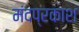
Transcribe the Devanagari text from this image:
मंदप्रकाश